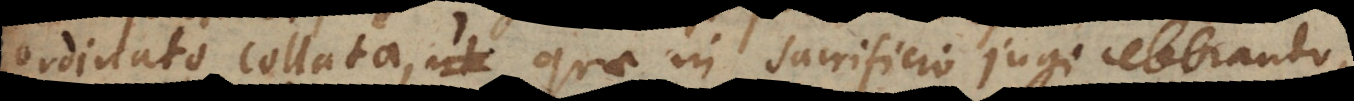
ordinato collata, quae in sacrificio jugi celebrando,